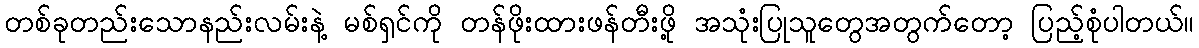
တစ်ခုတည်းသောနည်းလမ်းနဲ့ မစ်ရှင်ကို တန်ဖိုးထားဖန်တီးဖို့ အသုံးပြုသူတွေအတွက်တော့ ပြည့်စုံပါတယ်။